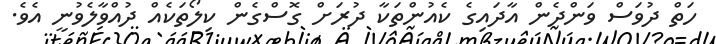
ހަތް ދުވަސް ވަންދެން އާދައިގެ ކެއުންތަކާ ދުރަށް ގޮސްގެން ކިލޯތަކެއް ދުއްވާލެވުނީ އެވެ.